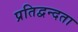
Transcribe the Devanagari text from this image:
प्रतिद्वन्दता